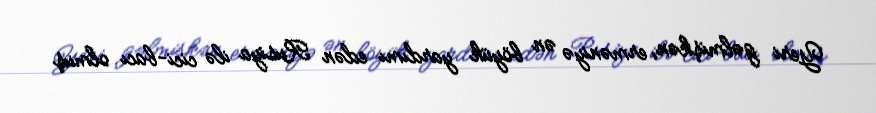
Yeri gəlmişkən, erməniyə ən böyük yardımı edən Rusiya ilə cici-bacı olmuş